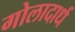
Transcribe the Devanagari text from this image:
गोलादार्ध